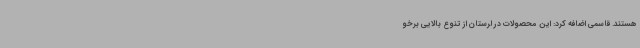
هستند. قاسمی اضافه کرد: این محصولات در لرستان از تنوع بالایی برخو